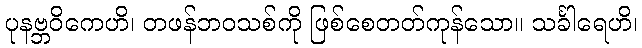
ပုနဗ္ဘဝိကေဟိ၊ တဖန်ဘဝသစ်ကို ဖြစ်စေတတ်ကုန်သော။ သင်္ခါရေဟိ၊